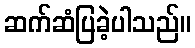
ဆက်ဆံပြခဲ့ပါသည်။